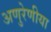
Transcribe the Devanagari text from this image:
अणुरेणीया